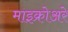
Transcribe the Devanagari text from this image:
माइक्रोअरे